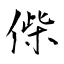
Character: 偨